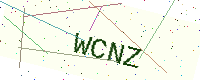
Text: WCNZ